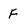
Character: F